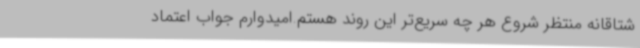
شتاقانه منتظر شروع هر چه سریع‌تر این روند هستم.امیدوارم جواب اعتماد